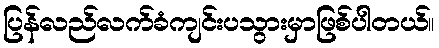
ပြန်လည်လက်ခံကျင်းပသွားမှာဖြစ်ပါတယ်။